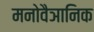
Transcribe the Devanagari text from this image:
मनोवैञानिक